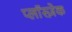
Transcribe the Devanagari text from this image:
प्लाॅस्ज़ेक